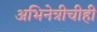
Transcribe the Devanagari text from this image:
अभिनेत्रीचीही